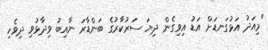
"މިއަދު އަޅުގަނޑަށް އަޑު އިވިގެން ދިޔަ ސަރުކާރުގެ ބަންޑާރަ ނާއިބު ވިދާޅުވި ދިވެހި